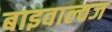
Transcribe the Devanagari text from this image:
बाइवाल्वज